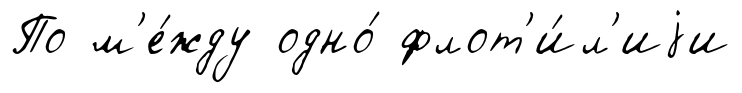
По м'е́жду одно́ флот'и́л'иjи